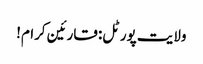
ولایت پورٹل: قارئین کرام!